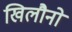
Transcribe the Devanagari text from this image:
खिलौनो